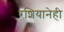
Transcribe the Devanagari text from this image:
रशियानेही